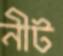
নীট